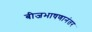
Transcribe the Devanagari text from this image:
बीजभाषणानंतर